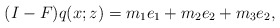
\begin{align*}(I-F)q(x;z)=m_1 e_1+m_2 e_2+m_3 e_2,\end{align*}